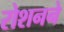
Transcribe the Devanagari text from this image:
रोशनने